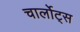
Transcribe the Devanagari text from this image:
चार्लोट्स